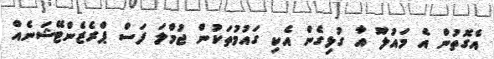
އެގޮތުން އެ މައުލޫ އާ ގުޅިގެން އެކި ގައުމުތަކުން ޖުމްލަ ފަސް ޕްރެޒެންޓޭޝަނެއް